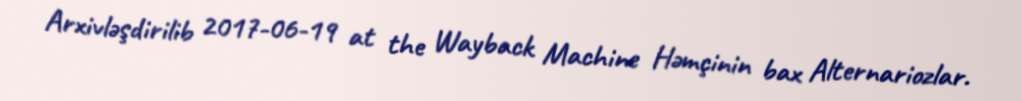
Arxivləşdirilib 2017-06-19 at the Wayback Machine Həmçinin bax Alternariozlar.